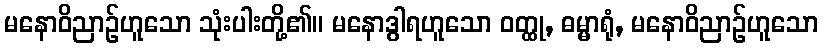
မနောဝိညာဉ်ဟူသော သုံးပါးတို့၏။ မနောဒွါရဟူသော ဝတ္ထု, ဓမ္မာရုံ, မနောဝိညာဉ်ဟူသော